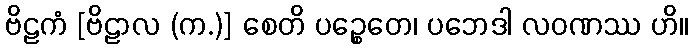
ဗိဠကံ [ဗိဠာလ (က.)] စေတိ ပဉ္စေတေ၊ ပဘေဒါ လဝဏဿ ဟိ။